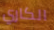
الكاري